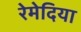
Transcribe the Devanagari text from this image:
रेमेदिया